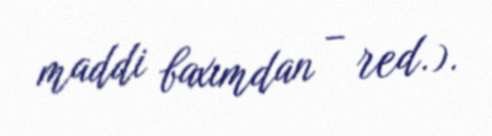
maddi baxımdan – red.).